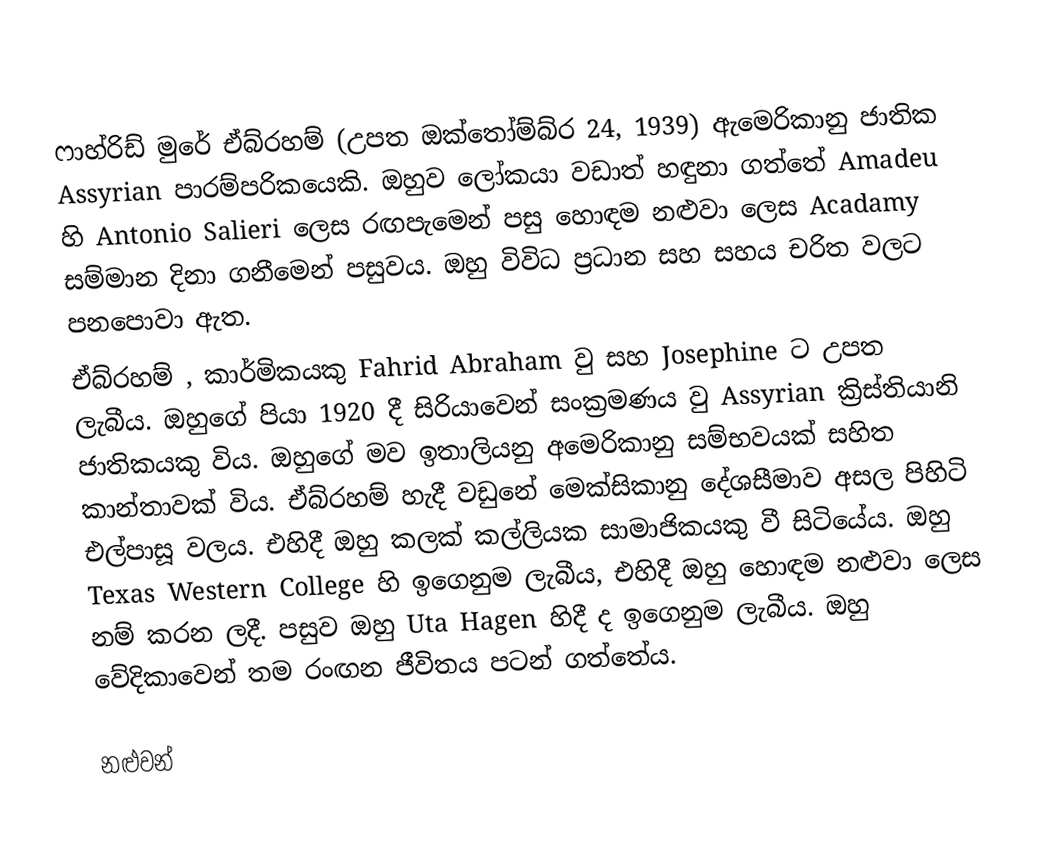
ෆාහ්රිඩ් මුරේ ඒබ්රහම් (උපත ඔක්තෝම්බ්ර 24, 1939) ඇමෙරිකානු ජාතික Assyrian පාරම්පරිකයෙකි. ඔහුව ලෝකයා වඩාත් හඳුනා ගත්තේ Amadeu හි  Antonio Salieri ලෙස රඟපැමෙන් පසු  හොඳම නළුවා ලෙස Acadamy සම්මාන දිනා ගනීමෙන් පසුවය. ඔහු විවිධ ප්‍රධාන සහ සහය චරිත වලට පනපොවා ඇත.
ඒබ්රහම් , කාර්මිකයකු Fahrid Abraham  වු සහ Josephine ට උපත ලැබීය. ඔහුගේ පියා 1920 දී සිරියාවෙන් සංක්‍රමණය වු Assyrian ක්‍රිස්තියානි ජාතිකයකු විය. ඔහුගේ මව ඉතාලියනු අමෙරිකානු සම්භවයක් සහිත කාන්තාවක් විය. ඒබ්රහම් හැදී වඩුනේ මෙක්සිකානු දේශසීමාව අසල පිහිටි එල්පාසූ වලය. එහිදී ඔහු කලක් කල්ලියක සාමාජිකයකු වී සිටියේය. ඔහු Texas Western College හි ඉගෙනුම ලැබීය, එහිදී ඔහු හොඳම නළුවා ලෙස නම් කරන ලදී. පසුව ඔහු Uta Hagen හිදී ද ඉගෙනුම ලැබීය. ඔහු වේදිකාවෙන් තම රංඟන ජීවිතය පටන් ගත්තේය.

නළුවන්